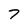
Character: 7